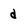
Character: d